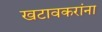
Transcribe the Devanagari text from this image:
खटावकरांना